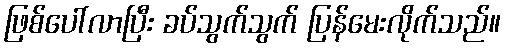
ဖြစ်ပေါ်လာပြီး ခပ်သွက်သွက် ပြန်မေးလိုက်သည်။